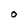
Character: O